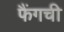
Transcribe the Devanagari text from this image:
फैंगची